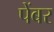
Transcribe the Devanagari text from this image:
पेंबर